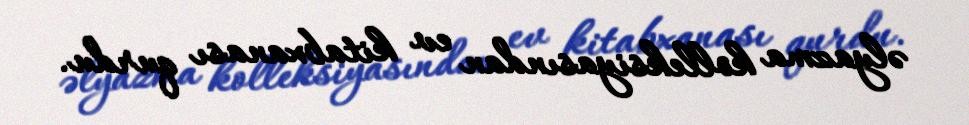
əlyazma kolleksiyasından ev kitabxanası qurdu.